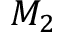
M _ { 2 }